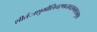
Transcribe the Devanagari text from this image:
शीतंाशुभौलिचरणब्जपरागमात्रभूषा